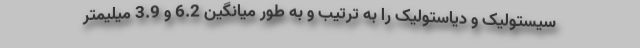
سیستولیک و دیاستولیک را به ترتیب و به طور میانگین 6.2 و 3.9 میلیمتر